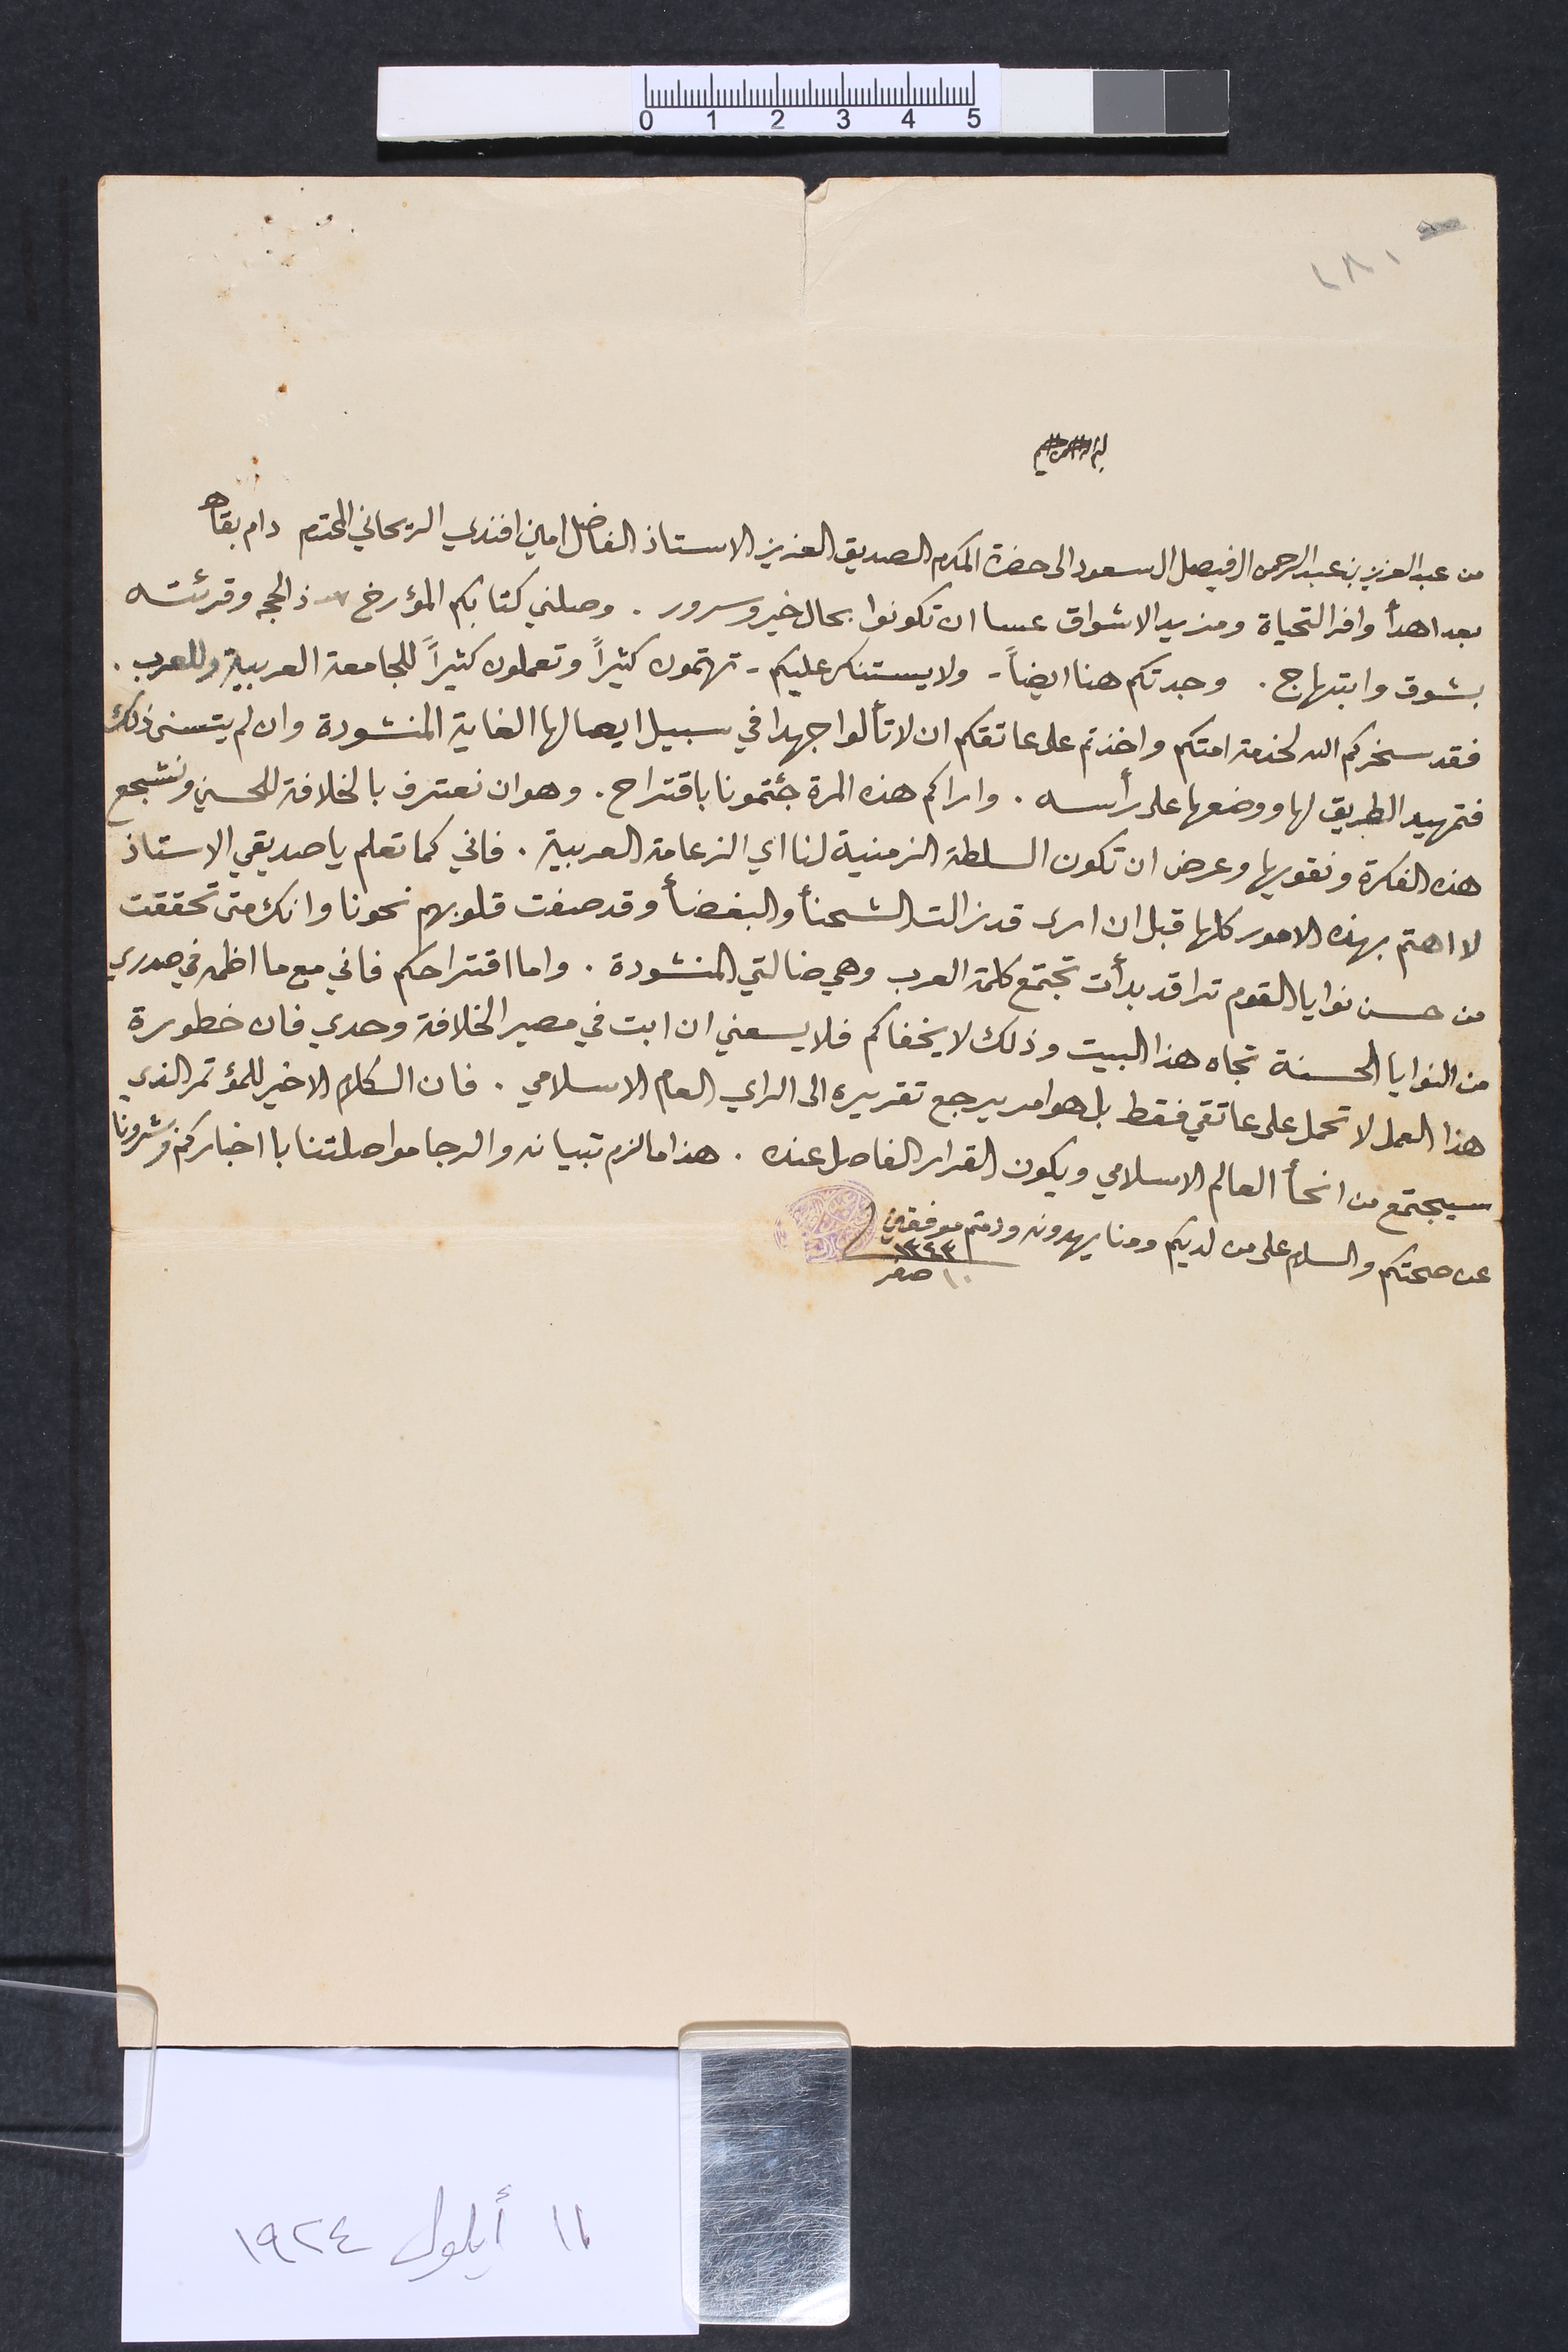
١٨١
بسم الله الرحمن الرحيم
من عبد العزيز عبد الرحمن ال فيصل ال سعود الى حضرة المكرم الصديق العزيز الاستاذ الفاضل امين افندي الريحاني المحترم دام بقاه
بعد اهدأ وافر التحياة ومزيد الاشواق عسا ان تكونوا بحال خير وسرور. وصلني كتابكم المؤرخ ٧ ذ الحجه وقرئته
بشوق وابتهاج. وجدتكم هنا ايضاً – ولا يستنكر عليكم – تهتمون كثيراً وتعملون كثيراً للجامعة العربية وللعرب.
فقد سخركم الله لخدمة امتكم واخذتم على عاتقكم ان لا تألوا جهدا في سبيل ايصالها الغاية المنشودة وان لم يتسنى ذلك
فتمهيد الطريق لها ووضعها على رأسه. واراكم هذه المرة جئتمونا باقتراح. وهو ان نعترف بالخلافة للحسين ونشجع
هذه الفكرة ونقويها وعرض ان تكون السلطة الزمنية لنا اي الزعامة العربية. فاني كما تعلم يا صديقي الاستاذ
لا اهتم بهذه الامور كلها قبل ان ارى قد زالت الشحنأ والبغضأ وقد صفت قلوبهم نحونا وانك متى تحققت
من حسن نوايا القوم ترا قد بدأت تجتمع كلمة العرب وهي ضالتي المنشودة. واما اقتراحكم فاني مع ما اظمه في صدري
من النوايا الحسنة تجاه هذا البيت وذلك لا يخفاكم فلا يسعني ان ابت في مصير الخلافة وحدي فان خطورة
هذا العمل لا تحمل على عاتقي فقط بل هو امر يرجع تقريره الى الراي العام الاسلامي. فان الكلام الاخير للمؤتمر الذي
سيجتمع من انحأ العالم الاسلامي ويكون القرار الفاصل عنده. هذا ما لزم تبيانه والرجا مواصلتنا بااخباركم وبشرونا
عن صحتكم والسلام على من لديكم ومنا يهدونه ودمتم موفقين ١٣٤٣ ١٠ صفر
١١ أيلول ١٩٢٤